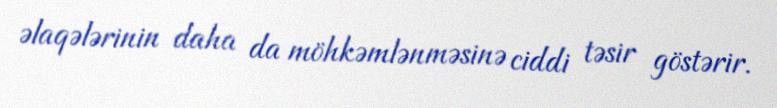
əlaqələrinin daha da möhkəmlənməsinə ciddi təsir göstərir.